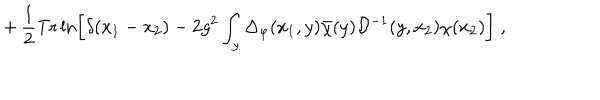
LaTeX: + \, \frac { 1 } { 2 } \mathrm { T r } \ln \left[ \delta ( x _ { 1 } - x _ { 2 } ) - 2 g ^ { 2 } \int _ { y } \Delta _ { \varphi } ( x _ { 1 } , y ) { \bar { \chi } } ( y ) { \mathcal D } ^ { - 1 } ( y , x _ { 2 } ) \chi ( x _ { 2 } ) \right] \; ,